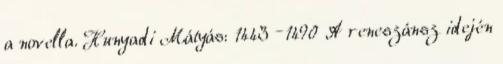
a novella. Hunyadi Mátyás: 1443 –1490 A reneszánsz idején